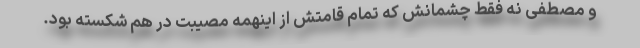
و مصطفی نه فقط چشمانش که تمام قامتش از اینهمه مصیبت در هم شکسته بود.